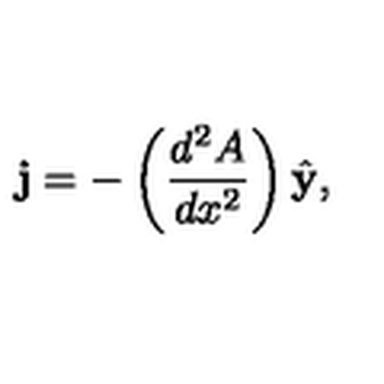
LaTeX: { \bf j } = - \left( { \frac { d ^ { 2 } A } { d x ^ { 2 } } } \right) { \hat { \bf y } } ,